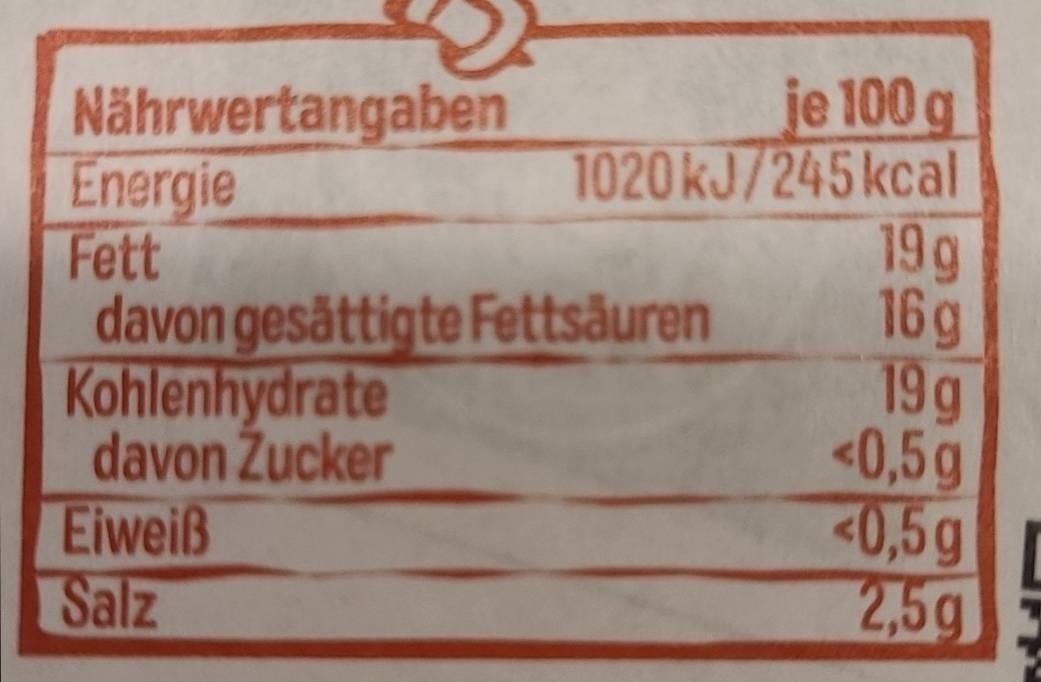
Nährwertangaben
Energie
Fett
davon gesättigte Fettsäuren
je 100 g
1020 kJ/245 kcal
Kohlenhydrate davon Zucker
Eiweiß Salz
19 g
16 g
19g
<0,5g
<0,5g
2,5g